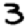
Digit: 3